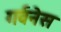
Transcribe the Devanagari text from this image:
गर्वनेस